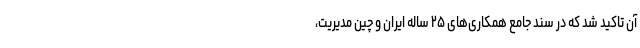
آن تاکید شد که در سند جامع همکاری‌های ۲۵ ساله ایران و چین مدیریت،